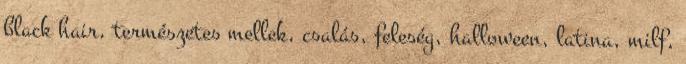
black hair, természetes mellek, csalás, feleség, halloween, latina, milf,